Vaccination in Bombay 1902-1912 - 1902-1912
Year: 1902
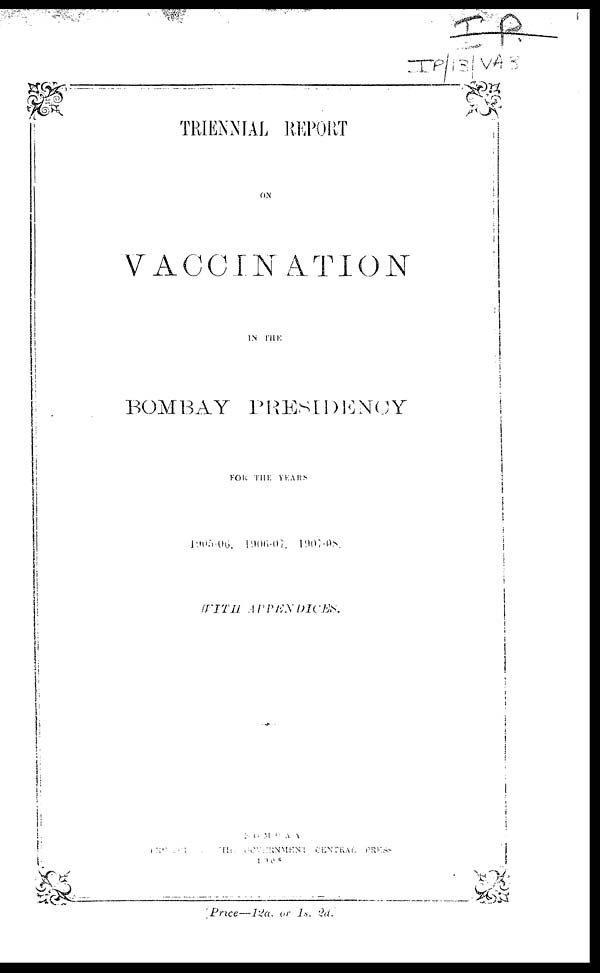
TRIENNIAL REPORT
ON
VACCINATION
IN THE
BOMBAY PRESIDENCY
FOR THE YEARS
1905-06,
1906-07,
1907-08.
WITH APPENDICES.
BOMBAY
THE GOVERNMENT CENTRAL PRESS.
1908.
[Price—12a,
or 1s. 2d.